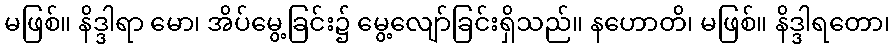
မဖြစ်။ နိဒ္ဒါရာ မော၊ အိပ်မွေ့ခြင်း၌ မွေ့လျော်ခြင်းရှိသည်။ နဟောတိ၊ မဖြစ်။ နိဒ္ဒါရတော၊